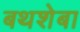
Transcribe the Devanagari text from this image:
बथशेबा